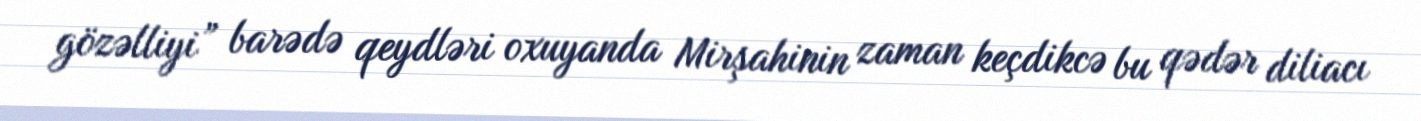
gözəlliyi” barədə qeydləri oxuyanda Mirşahinin zaman keçdikcə bu qədər diliacı